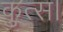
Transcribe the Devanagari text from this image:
कुत्स।